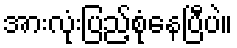
အားလုံးပြည့်စုံနေပြီပဲ။